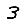
Digit: 3